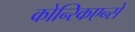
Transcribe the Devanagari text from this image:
कोन्स्किएन्से